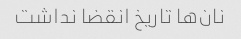
نان‌ها تاریخ انقضا نداشت